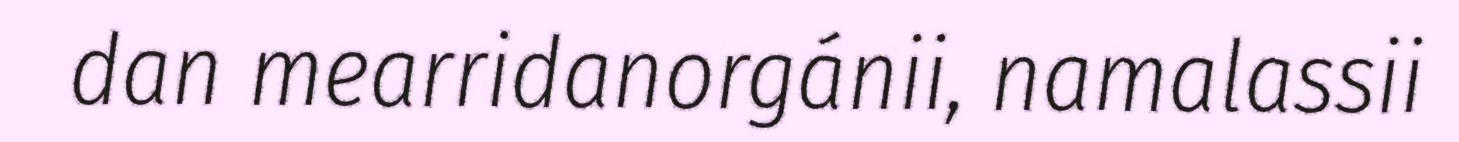
dan mearridanorgánii, namalassii